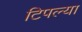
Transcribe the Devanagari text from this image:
टिपल्या